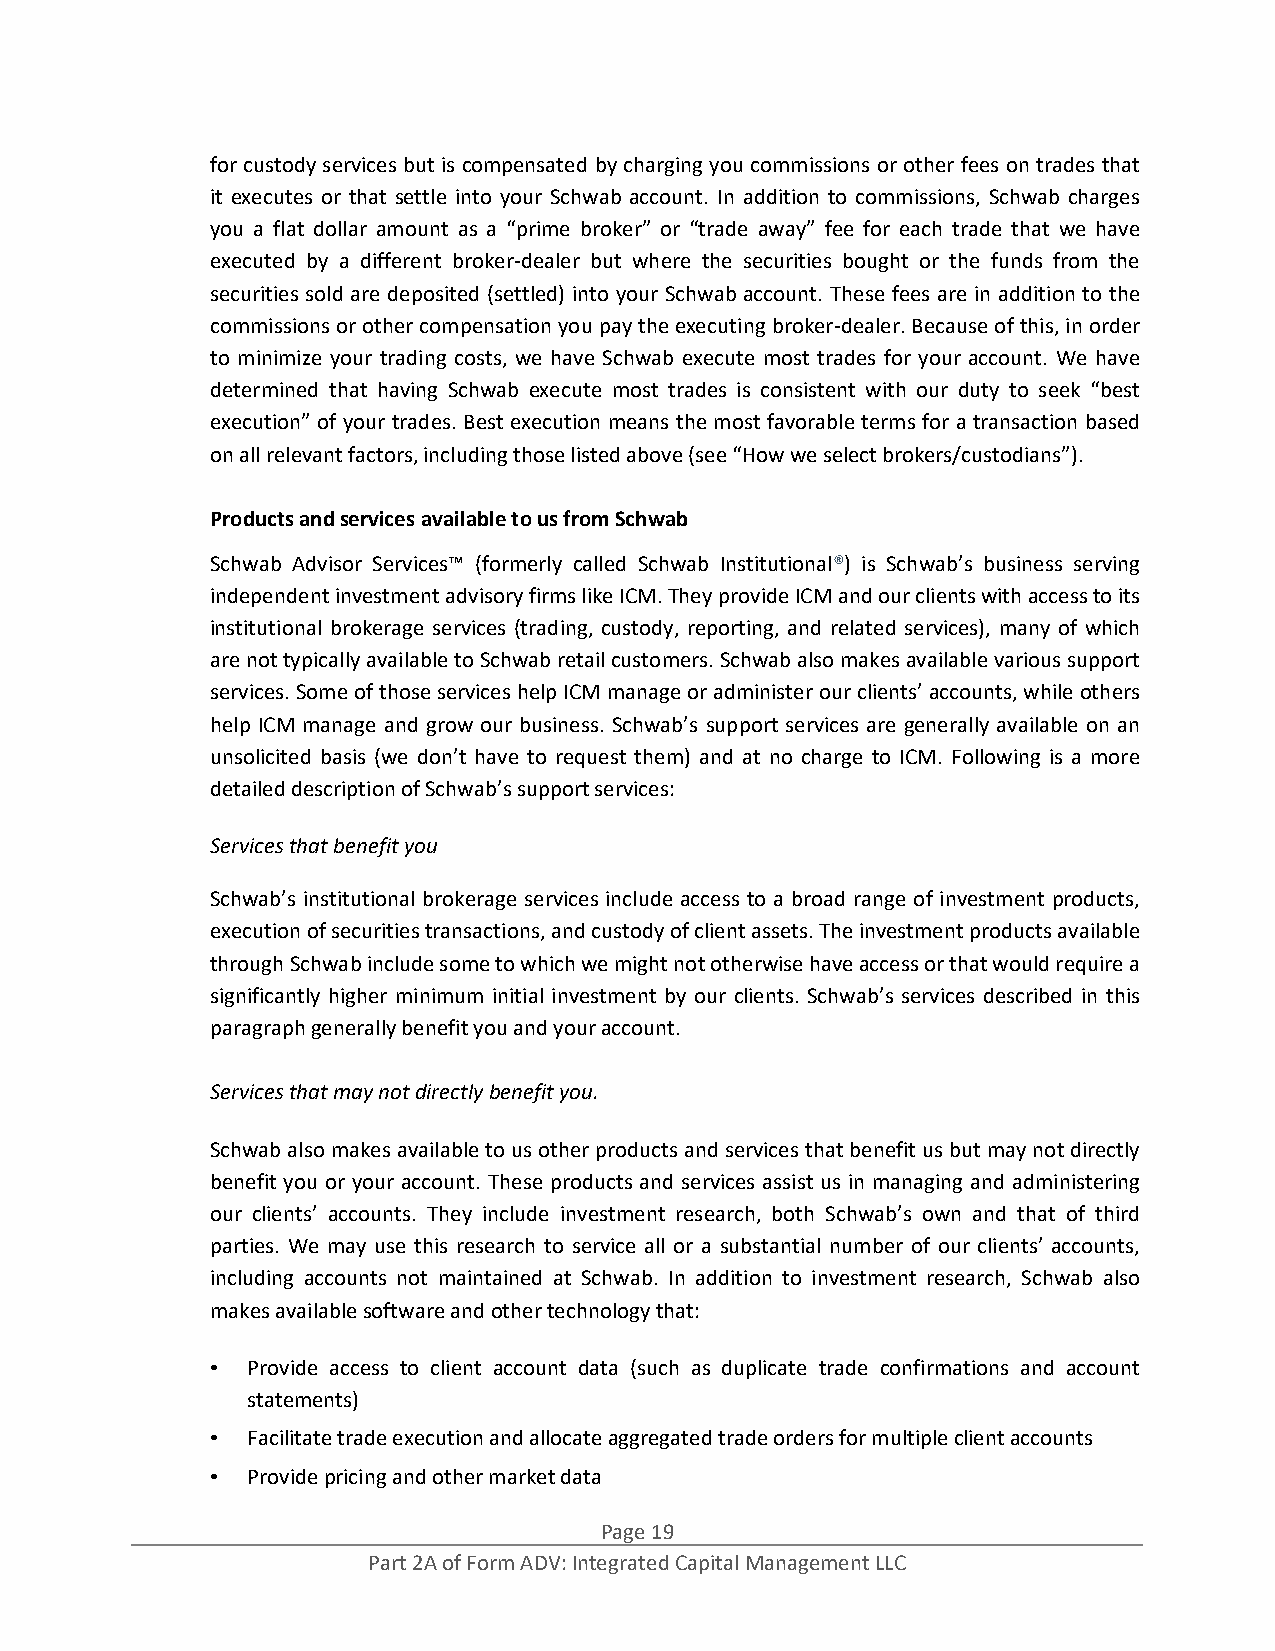
for custody services but is compensated by charging you commissions or other fees on trades that
 it executes or that settle into your Schwab account. In addition to commissions, Schwab charges
 you a flat dollar amount as a “prime broker” or “trade away” fee for each trade that we have
 executed by a different broker‐dealer but where the securities bought or the funds from the
 securities sold are deposited (settled) into your Schwab account. These fees are in addition to the
 commissions or other compensation you pay the executing broker‐dealer. Because of this, in order
 to minimize your trading costs, we have Schwab execute most trades for your account. We have
 determined that having Schwab execute most trades is consistent with our duty to seek “best
 execution” of your trades. Best execution means the most favorable terms for a transaction based
 on all relevant factors, including those listed above (see “How we select brokers/custodians”).
 Products and services available to us from Schwab
 Schwab Advisor Services™ (formerly called Schwab Institutional®) is Schwab’s business serving
 independent investment advisory firms like ICM. They provide ICM and our clients with access to its
 institutional brokerage services (trading, custody, reporting, and related services), many of which
 are not typically available to Schwab retail customers. Schwab also makes available various support
 services. Some of those services help ICM manage or administer our clients’ accounts, while others
 help ICM manage and grow our business. Schwab’s support services are generally available on an
 unsolicited basis (we don’t have to request them) and at no charge to ICM. Following is a more
 detailed description of Schwab’s support services:
 Services that benefit you
 Schwab’s institutional brokerage services include access to a broad range of investment products,
 execution of securities transactions, and custody of client assets. The investment products available
 through Schwab include some to which we might not otherwise have access or that would require a
 significantly higher minimum initial investment by our clients. Schwab’s services described in this
 paragraph generally benefit you and your account.
 Services that may not directly benefit you.
 Schwab also makes available to us other products and services that benefit us but may not directly
 benefit you or your account. These products and services assist us in managing and administering
 our clients’ accounts. They include investment research, both Schwab’s own and that of third
 parties. We may use this research to service all or a substantial number of our clients’ accounts,
 including accounts not maintained at Schwab. In addition to investment research, Schwab also
 makes available software and other technology that:
 • Provide access to client account data (such as duplicate trade confirmations and account
 statements)
 • Facilitate trade execution and allocate aggregated trade orders for multiple client accounts
 • Provide pricing and other market data
 Page 19
 Part 2A of Form ADV: Integrated Capital Management LLC